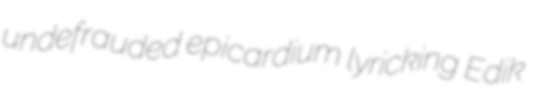
undefrauded epicardium lyricking Edik